Cholera in southern India
Disease focus: Cholera
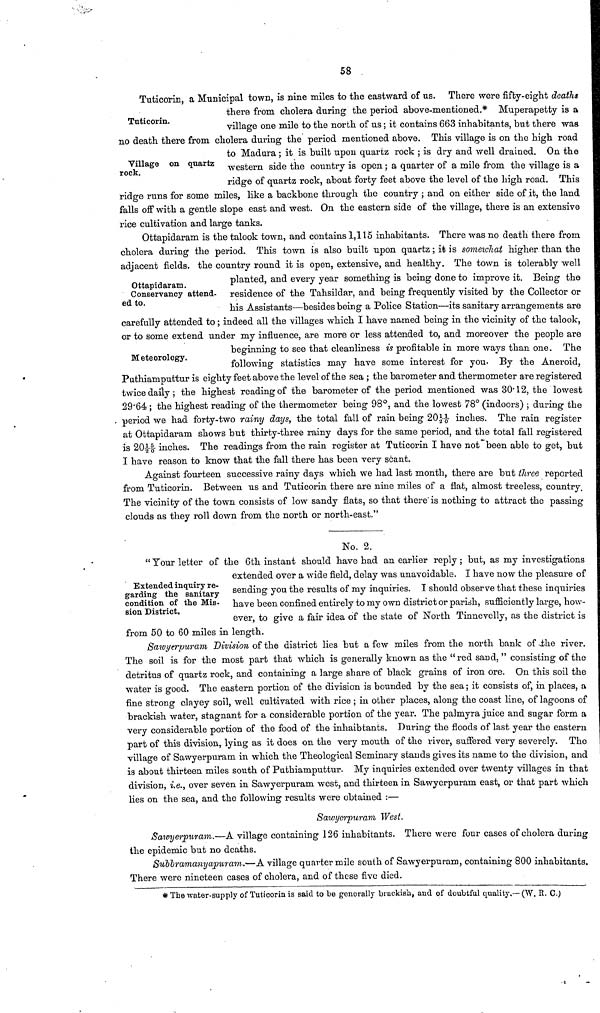
58
Tnticorin.
Tuticorin, a Municipal town, is nine miles to the eastward of us. There were fifty-eight deaths
there from cholera during the period above-mentioned.* Muperapetty is a
village one mile to the north of us ; it contains 663 inhabitants, but there was
no death there from cholera during the period mentioned above. This village is on the high road
to Madura ; it is built upon quartz rock ; is dry and well drained. On the
western side the country is open ; a quarter of a mile from the village is a
ridge of quartz rock, about forty feet above the level of the high road. This
ridge runs for some miles, like a backbone through the country ; and on either side of it, the land
falls off with a gentle slope east and west. On the eastern side of the village, there is an extensive
rice cultivation and large tanks.
Village on quartz
rock.
Ottapidaram.
Conservancy attend-
ed to.
Ottapidaram is the talook town, and contains 1,115 inhabitants. There was no death there from
cholera during the period. This town is also built upon quartz ; it is somewhat higher than the
adjacent fields, the country round it is open, extensive, and healthy. The town is tolerably well
planted, and every year something is being done to improve it. Being the
residence of the Tahsildar, and being frequently visited by the Collector or
his Assistants—besides being a Police Station—its sanitary arrangements are
carefully attended to ; indeed all the villages which I have named being in the vicinity of the talook,
or to some extend under my influence, are more or less attended to, and moreover the people are
beginning to see that cleanliness is profitable in more ways than one. The
following statistics may have some interest for you. By the Aneroid,
Puthiamputtur is eighty feet above the level of the sea ; the barometer and thermometer are registered
twice daily ; the highest reading of the barometer of the period mentioned was 30' 12, the lowest
29'64 ; the highest reading of the thermometer being 98°, and the lowest 78° (indoors) ; during the
period we had forty-two rainy days, the total fall of rain being 20££ inches. The rain register
at Ottapidaram shows but thirty-three rainy days for the same period, and the total fall registered
is 20££- inches. The readings from the rain register at Tuticorin I have not been able to get, but
I have reason to know that the fall there has been very scant.
Meteorology.
Against fourteen successive rainy days which we had last month, there are but three reported
from Tuticorin. Between us and Tuticorin there are nine miles of a flat, almost treeless, country.
The vicinity of the town consists of low sandy flats, so that there is nothing to attract the passing
clouds as they roll down from the north or north-east."
No. 2.
Extended inquiry re-
garding the sanitary
condition of the Mis-
sion District.
" Your letter of the 6th instant should have had an earlier reply ; but, as my investigations
extended over a wide field, delay was unavoidable. I have now the pleasure of
sending you the results of my inquiries. I should observe that these inquiries
have been confined entirely to my own district or pariah, sufficiently large, how-
ever, to give a fair idea of the state of North Tinnevelly, as the district is
from 50 to 60 miles in length.
Sawyerpuram Division of the district lies but a few miles from the north bank of the river.
The soil is for the most part that which is generally known as the "red sand, " consisting of the
detritus of quartz rock, and containing a large share of black grains of iron ore. On this soil the
water is good. The eastern portion of the division is bounded by the sea ; it consists of, in places, a
fine strong clayey soil, well cultivated with rice ; in other places, along the coast line, of lagoons of
brackish water, stagnant for a considerable portion of the year. The palmyra juice and sugar form a
very considerable portion of the food of the inhaibtants. During the floods of last year the eastern
part of this division, lying as it does on the very mouth of the river, suffered very severely. The
village of Sawyerpuram in which the Theological Seminary stands gives its name to the division, and
is about thirteen miles south of Puthiamputtur. My inquiries extended over twenty villages in that
division, i.e., over seven in Sawyerpuram west, and thirteen in Sawyerpuram east, or that part which
lies on the sea, and the following results were obtained :—
Sawycrpuraw West.
Saimjerpuram.—A village containing 126 inhabitants. There were four cases of cholera during
the epidemic but no deaths.
Subbramanyapuram.—A village quarter mile south of Sawyerpuram, containing 800 inhabitants.
There were nineteen cases of cholera, and of these five died.
* The water-supply of Tuticorin is said to be generally brackish, and of doubtful quality.—(W. R. C.)